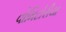
વોમિટોરીયા